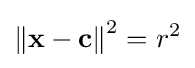
\left\Vert \mathbf {x} -\mathbf {c} \right\Vert ^{2}=r^{2}